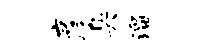
彦臭溜